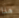
هذا